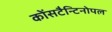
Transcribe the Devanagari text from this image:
कोंसटैन्टिनोपल